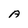
Character: A